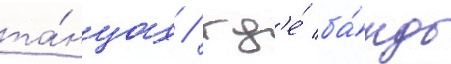
та́нцах / гд'е́ ба́нды